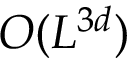
O ( L ^ { 3 d } )